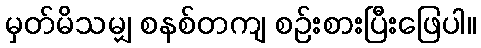
မှတ်မိသမျှ စနစ်တကျ စဉ်းစားပြီးဖြေပါ။